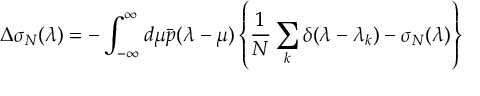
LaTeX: \Delta \sigma _ { N } ( \lambda ) = - \int _ { - \infty } ^ { \infty } d \mu \bar { p } ( \lambda - \mu ) \left\{ \frac { 1 } { N } \sum _ { k } \delta ( \lambda - \lambda _ { k } ) - \sigma _ { N } ( \lambda ) \right\}